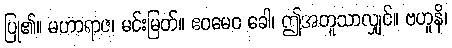
ပြု၏။ မဟာရာဇ၊ မင်းမြတ်။ ဧဝမေဝ ခေါ၊ ဤအတူသာလျှင်။ ဗဟူနိ၊